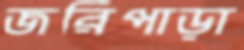
জরিপাড়া